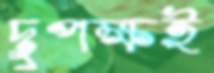
দুপক্ষই